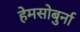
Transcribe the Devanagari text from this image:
हेमसोबुर्ना